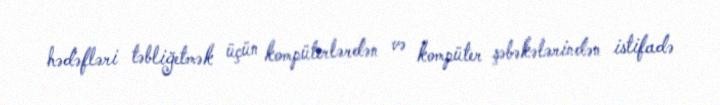
hədəfləri təbliğetmək üçün kompüterlərdən və kompüter şəbəkələrindən istifadə